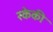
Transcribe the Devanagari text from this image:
स्केकी